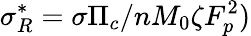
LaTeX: \sigma_{R}^{*}=\sigma\Pi_{c}/nM_{0}\zeta F_{p}^{2})